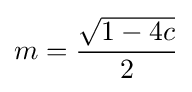
m={\frac {\sqrt {1-4c}}{2}}